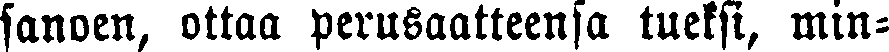
sanoen, ottaa perusaatteensa tueksi, min-